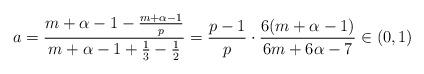
LaTeX: \begin{align*}a=\frac{m+\alpha-1-\frac{m+\alpha-1}{p}}{m+\alpha-1+\frac{1}{3}-\frac{1}{2}}=\frac{p-1}{p}\cdot\frac{6(m+\alpha-1)}{6m+6\alpha-7}\in(0,1)\end{align*}